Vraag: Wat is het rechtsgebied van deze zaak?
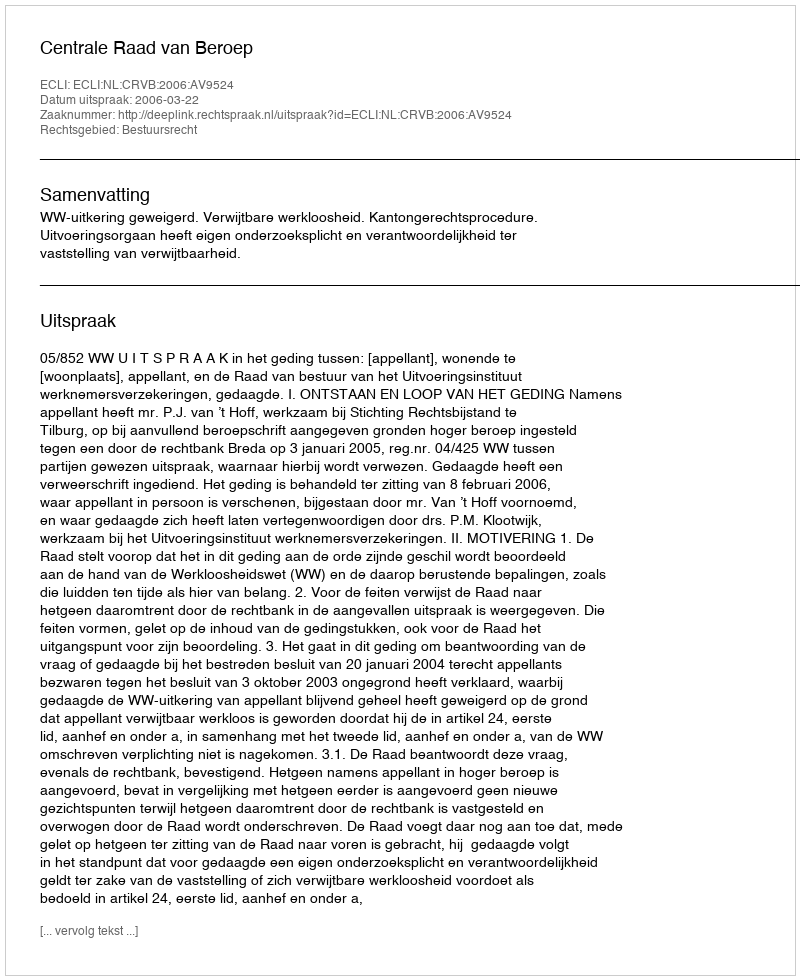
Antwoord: Bestuursrecht